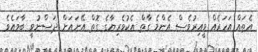
އެތައް އަހަރެއް ވީއިރުވެސް އެންމެ ގާތް އެކުވެރިޔާގެ ގޮތް އޭނައަށް ދަސްނުވީ ބާވައެވެ